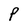
Character: P